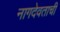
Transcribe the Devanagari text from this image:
नागदेवताची